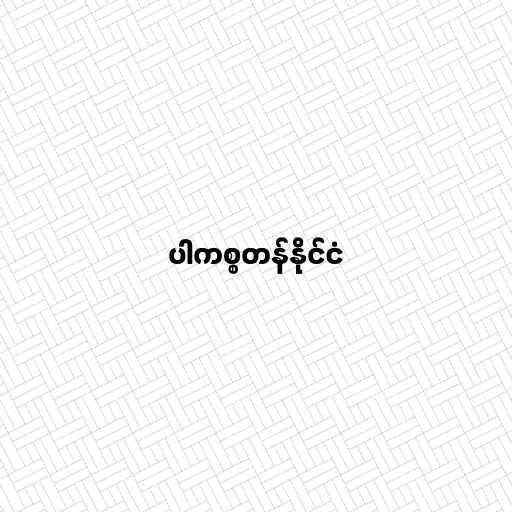
ပါကစ္စတန်နိုင်ငံ